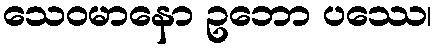
သေဝမာနော ဥဘော ပဿေ၊